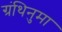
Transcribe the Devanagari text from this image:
ग्रंथिनुमा